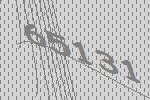
65131